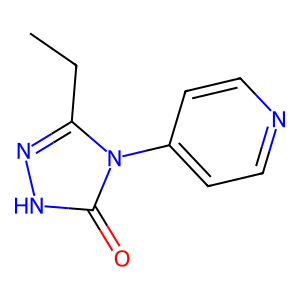
SMILES: CCc1n[nH]c(=O)n1-c1ccncc1
Inhibits HIV replication: No